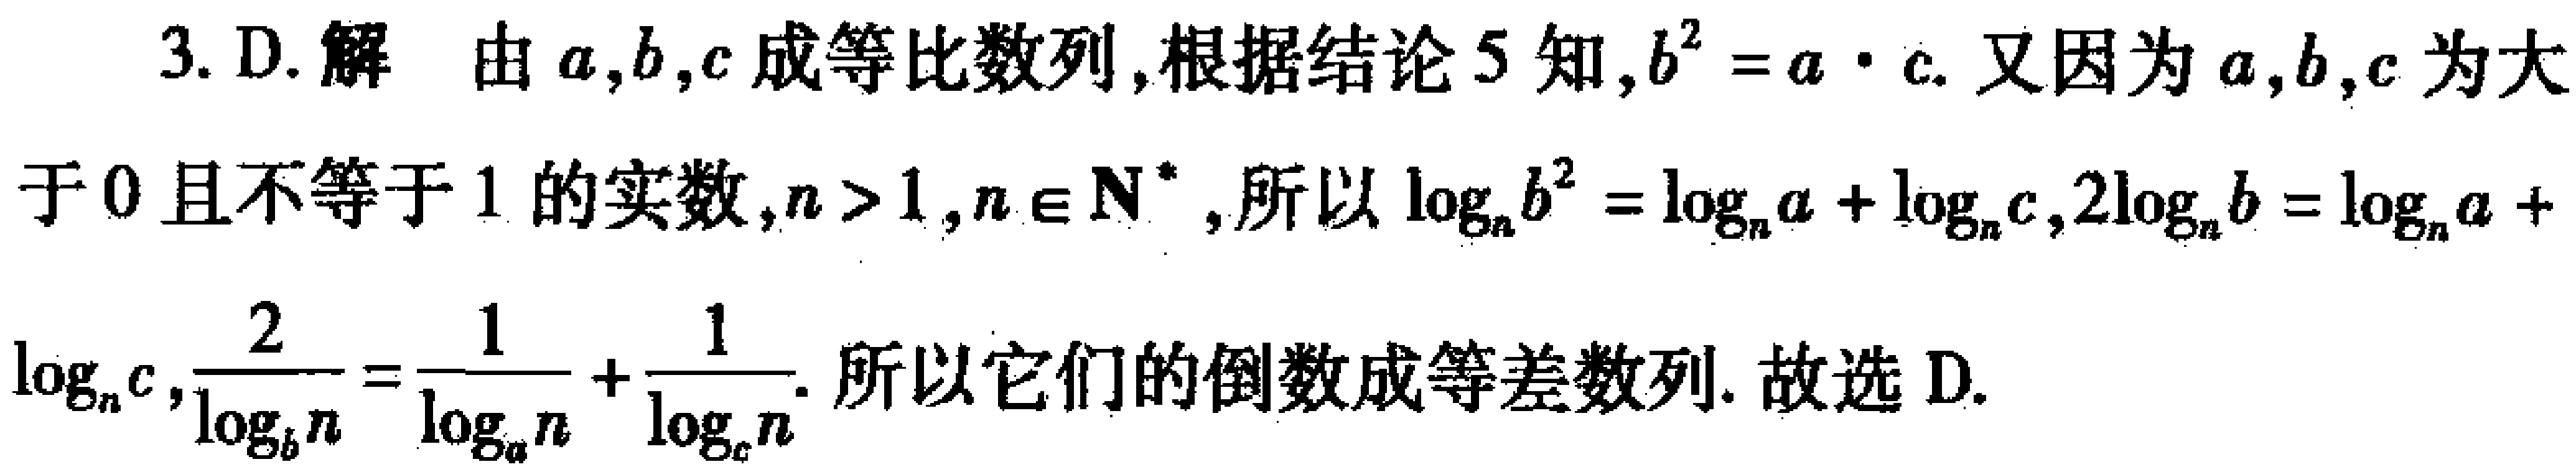
3. D. 解 由\(a,b,c\)成等比数列,根据结论5知,\(b^{2}=a\cdot c\). 又因为\(a,b,c\)为大于\(0\)且不等于\(1\)的实数,\(n > 1\),\(n\in N^{*}\),所以\(\log_{n}b^{2}=\log_{n}a+\log_{n}c\),\(2\log_{n}b=\log_{n}a + \log_{n}c\),\(\frac{2}{\log_{n}c}=\frac{1}{\log_{a}n}+\frac{1}{\log_{c}n}\). 所以它们的倒数成等差数列. 故选D.